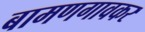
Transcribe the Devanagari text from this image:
बामणगावकर